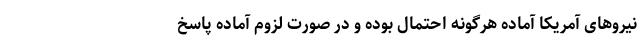
نیروهای آمریکا آماده هرگونه احتمال بوده و در صورت لزوم آماده پاسخ